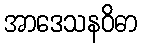
အာဒေသနဝိဓာ